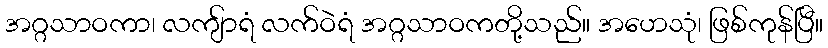
အဂ္ဂသာဝကာ၊ လကျ်ာရံ လက်ဝဲရံ အဂ္ဂသာဝကတို့သည်။ အဟေသုံ၊ ဖြစ်ကုန်ပြီ။